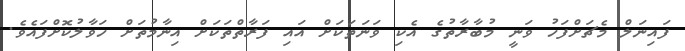
ފައިނަލް މެޗަށްފަހު ވަނީ މުބާރާތުގެ އެކި ވަނަތަކަށް އައި ފަރާތްތަކަށް އިނާމުތަށް ހަވާލުކޮށްފައެވެ.